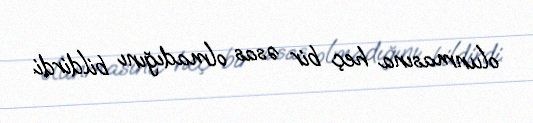
olunmasına heç bir əsas olmadığını bildirdi.